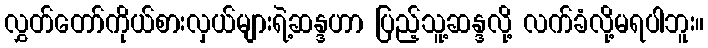
လွှတ်တော်ကိုယ်စားလှယ်များရဲ့ဆန္ဒဟာ ပြည့်သူ့ဆန္ဒလို့ လက်ခံလို့မရပါဘူး။